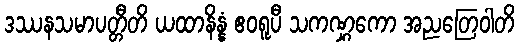
ဒဿနသမာပတ္တီတိ ယထာနိန္နံ ဧဝရူပီ သကဏ္ဋကော အညတြေဝါတိ